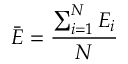
\ { \bar { E } } = { \frac { \sum _ { i = 1 } ^ { N } { E _ { i } } } { N } }